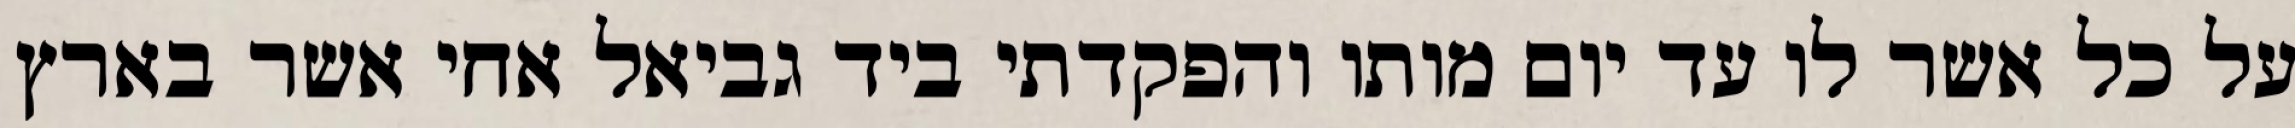
על כל אשר לו עד יום מותו והפקדתי ביד גביאל אחי אשר בארץ